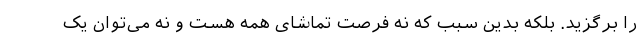
را برگزید. بلکه بدین سبب که نه فرصت تماشای همه هست و نه می‌توان یک